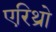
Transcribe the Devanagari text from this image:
एरिथ्रो